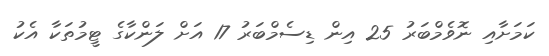
ކަމަށާއި ނޮވެމްބަރު 25 އިން ޑިސެމްބަރު 17 އަށް ލަންކާގެ ޓީމުތަކާ އެކު